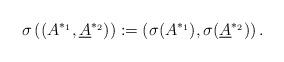
LaTeX: \begin{align*}\sigma\left( (A^{*_1},\underline{A}^{*_2})\right) := \left( \sigma(A^{*_1}),\sigma(\underline{A}^{*_2}) \right).\end{align*}